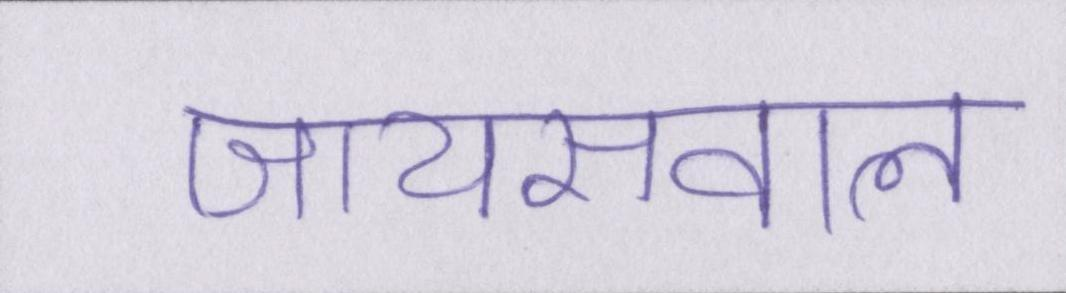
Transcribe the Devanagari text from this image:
जायसवाल